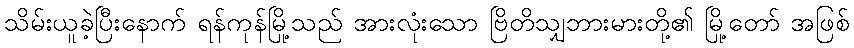
သိမ်းယူခဲ့ပြီးနောက် ရန်ကုန်မြို့သည် အားလုံးသော ဗြိတိသျှဘားမားတို့၏ မြို့တော် အဖြစ်